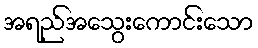
အရည်အသွေးကောင်းသော